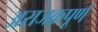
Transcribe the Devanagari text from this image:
अराजकपूर्ण